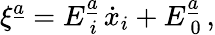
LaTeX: \xi^{\underline{{{a}}}}=E_{\ i}^{\underline{{{a}}}}\, \dot{x}_{i}+E_{\ 0}^{\underline{{{a}}}}\, ,